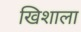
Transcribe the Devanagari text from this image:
खिशाला